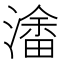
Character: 𭲥